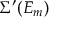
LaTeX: \Sigma ^ { \prime } ( E _ { m } )